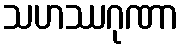
သဟဿဂုဏာ